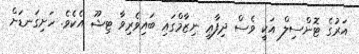
އަރުގެ ޓޮންސިލް އަކީ ވެސް ދިފާޢީ ނިޒާމްގައި ބައިވެރިވާ ޓިޝޫ އެކެވެ. ހަށިގަނޑަށް